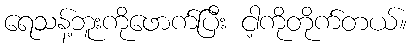
ရေသန့်ဘူးကိုဖောက်ပြီး ငါ့ကိုတိုက်တယ်။